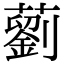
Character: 藰